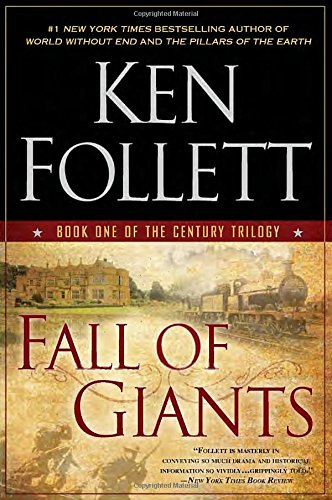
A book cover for Fall of Giants: Book One of the Century Trilogy; Ken Follett; Literature & Fiction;